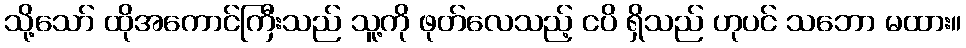
သို့သော် ထိုအကောင်ကြီးသည် သူ့ကို ဖုတ်လေသည့် ငပိ ရှိသည် ဟုပင် သဘော မထား။